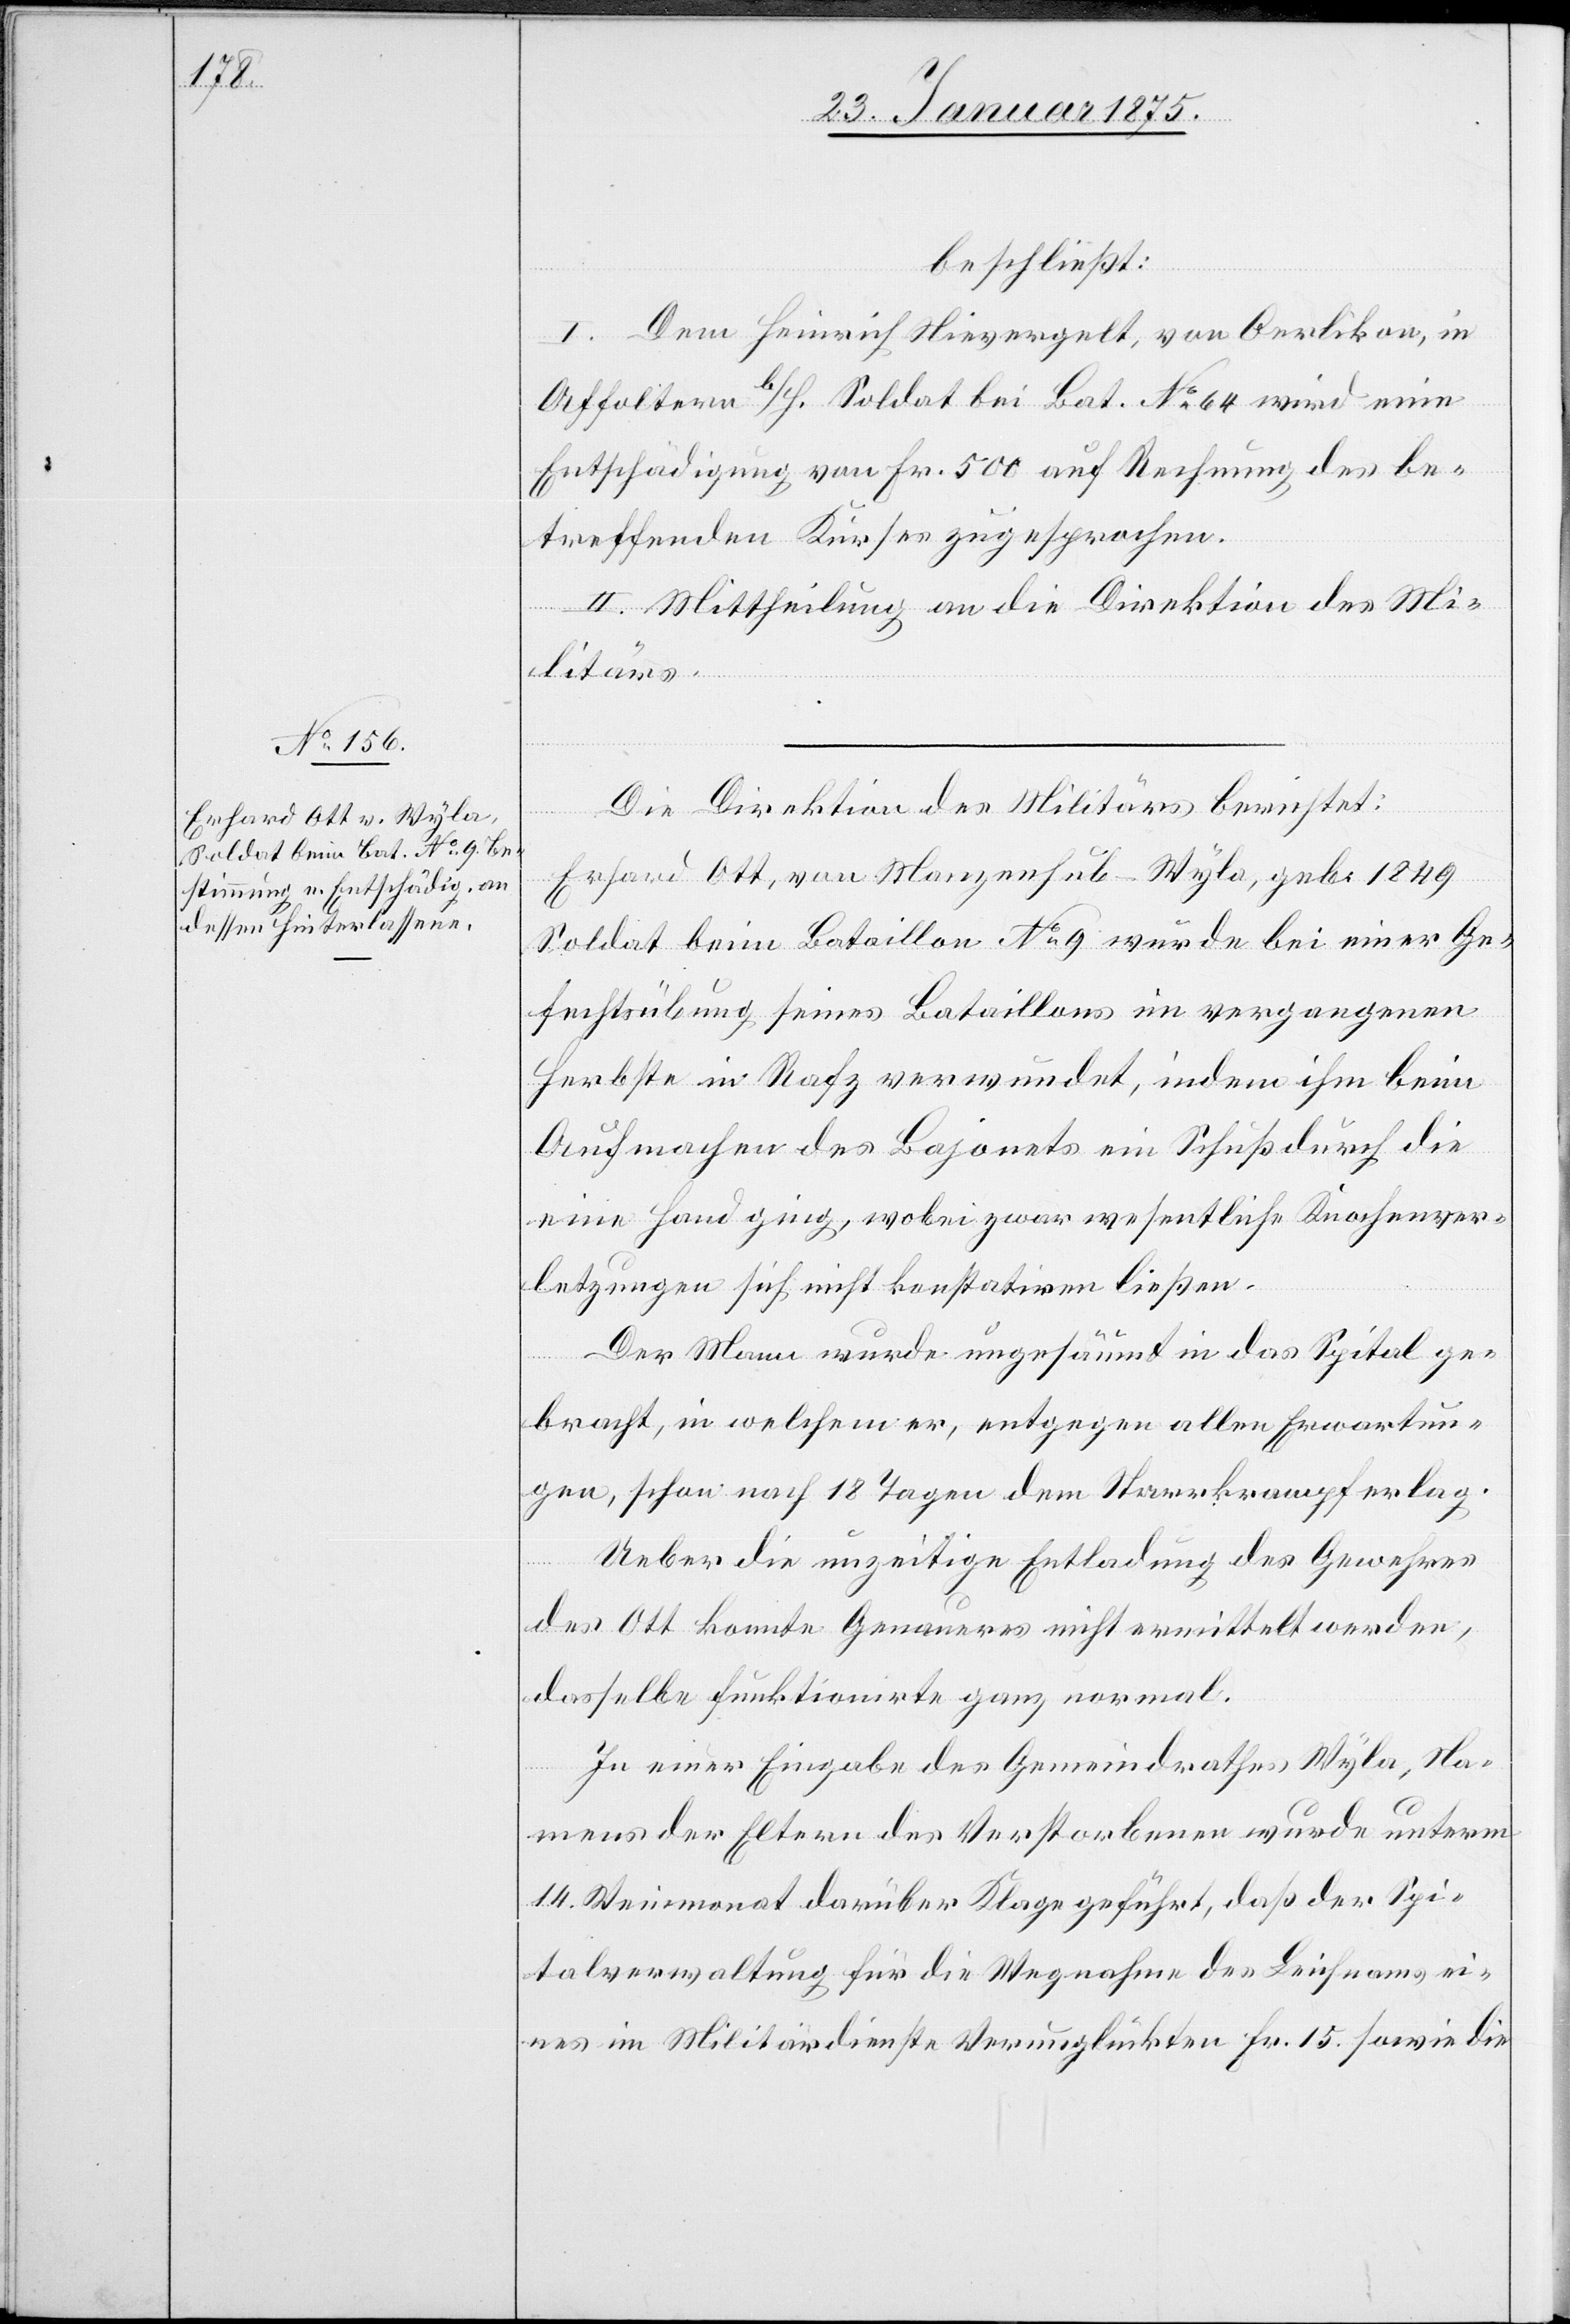
beschließt:
I. Dem Heinrich Nievergelt, von Oerlikon, in
Affoltern b/H. Soldat bei Bat. No 64 wird eine
Entschädigung von Fr. 500 auf Rechnung des be¬
treffenden Kurses zugesprochen.
II. Mittheilung an die Direktion des Mi¬
litärs.
Die Direktion des Militärs berichtet:
Erhard Ott, von Manzenhub - Wyla, geb. 1849
Soldat beim Bataillon No 9 wurde bei einer Ge¬
fechtsübung seines Bataillons im vergangenen
Herbst in Rafz verwundet, indem ihm beim
Aufmachen des Bajonets ein Schuß durch die
eine Hand ging, wobei zwar wesentliche Knochenver¬
letzungen sich nicht konstatiren ließen.
Der Mann wurde ungesäumt in das Spital ge¬
bracht, in welchem er, entgegen allen Erwartun¬
gen, schon nach 18 Tagen dem Starrkrampf erlag.
Ueber die unzeitige Entladung des Gewehres
des Ott konnte Genaueres nicht ermittelt werden,
dasselbe funktionirte ganz normal.
In einer Eingabe des Gemeindrathes Wyla, Na¬
mens der Eltern des Verstorbenen wurde unterm
14. Weinmonat darüber Klage geführt, daß der Spi¬
talverwaltung für die Wegnahme des Leichnams ei¬
nes im Militärdienste Verunglückten Fr. 15 sowie die